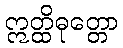
ဣတ္ထိဓုတ္တော